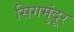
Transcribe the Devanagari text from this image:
सिगमुंदूर